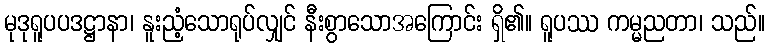
မုဒုရူပပဒဋ္ဌာနာ၊ နူးညံ့သောရုပ်လျှင် နီးစွာသောအကြောင်း ရှိ၏။ ရူပဿ ကမ္မညတာ၊ သည်။